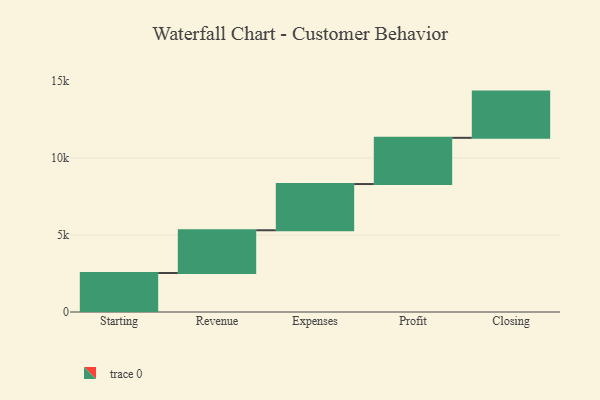
{"axis": {"x": "Step", "y": "Value"}, "legend": [""], "data": [{"x": "Starting", "y": 2533.0, "type": ""}, {"x": "Revenue", "y": 2773.0, "type": ""}, {"x": "Expenses", "y": 3000, "type": ""}, {"x": "Profit", "y": 3000, "type": ""}, {"x": "Closing", "y": 3000, "type": ""}]}